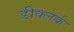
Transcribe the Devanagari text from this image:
डीक्लर्क